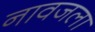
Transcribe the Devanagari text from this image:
नावजला